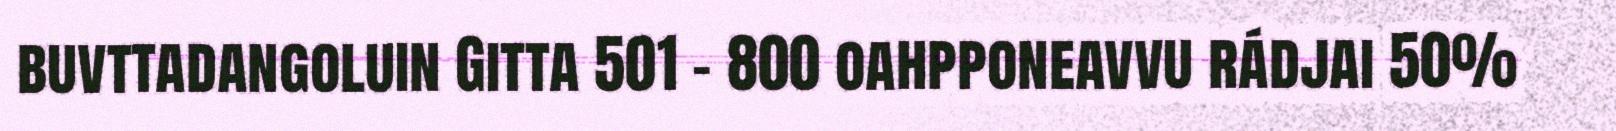
buvttadangoluin Gitta 501 – 800 oahpponeavvu rádjai 50%